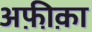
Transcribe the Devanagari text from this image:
अफ़ी़क़ा